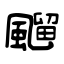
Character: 飀